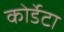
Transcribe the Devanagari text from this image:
कोर्डेटा